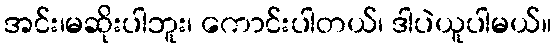
အင်း၊မဆိုးပါဘူး၊ ကောင်းပါတယ်၊ ဒါပဲယူပါမယ်။